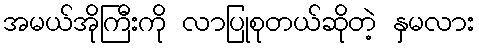
အမယ်အိုကြီးကို လာပြုစုတယ်ဆိုတဲ့ နှမလား